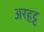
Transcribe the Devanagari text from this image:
अरहट्ट